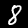
Digit: 8